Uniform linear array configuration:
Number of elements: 24
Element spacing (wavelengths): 0.25
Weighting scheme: hann
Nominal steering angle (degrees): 45
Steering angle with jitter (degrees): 46.371
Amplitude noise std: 0.05
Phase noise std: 0.05

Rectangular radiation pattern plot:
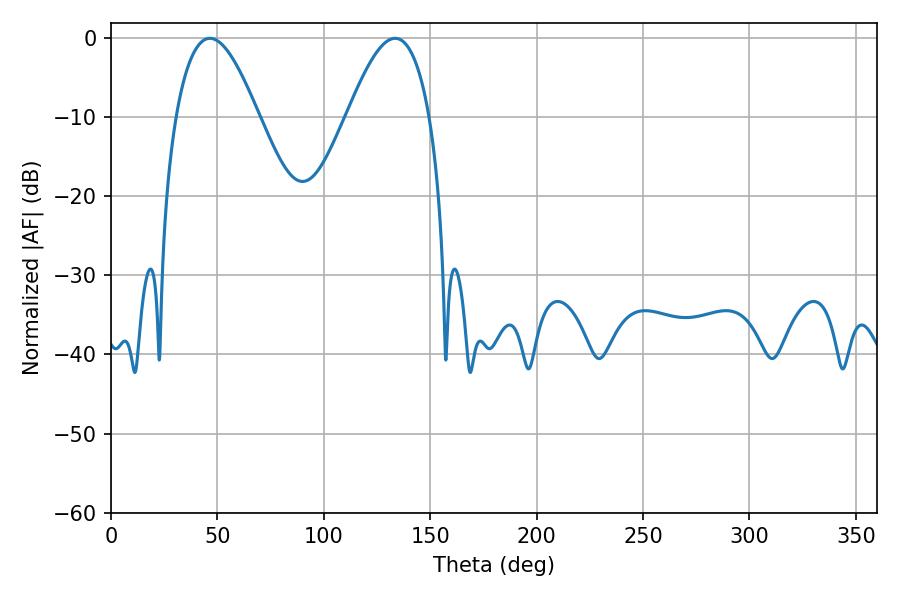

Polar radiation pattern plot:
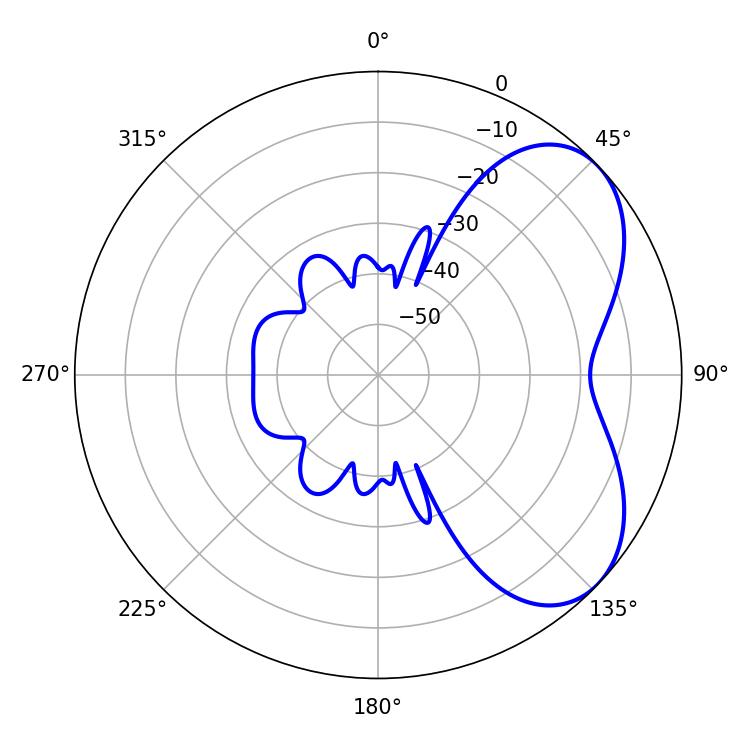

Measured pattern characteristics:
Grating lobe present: FALSE
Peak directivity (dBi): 5.235
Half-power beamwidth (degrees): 21.06
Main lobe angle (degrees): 46.44